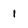
Character: 1